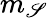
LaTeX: m_{\mathscr{S}}